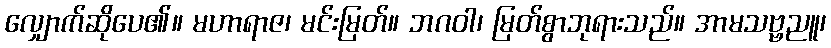
လျှောက်ဆိုပေ၏။ မဟာရာဇ၊ မင်းမြတ်။ ဘဂဝါ၊ မြတ်စွာဘုရားသည်။ အာမသဗ္ဗညူ၊